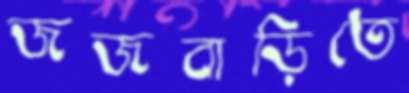
জজবাড়িতে